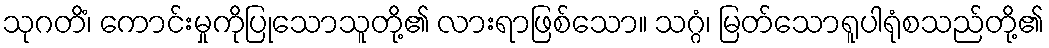
သုဂတိံ၊ ကောင်းမှုကိုပြုသောသူတို့၏ လားရာဖြစ်သော။ သဂ္ဂံ၊ မြတ်သောရူပါရုံစသည်တို့၏